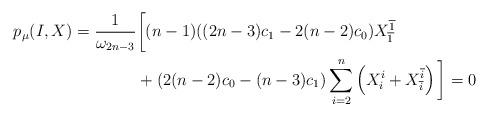
LaTeX: \begin{align*} p_\mu(I,X)= \frac{1}{\omega_{2n-3} } &\bigg[ (n-1)((2n-3)c_1-2(n-2) c_0) X^{\overline 1}_{\overline 1} \\ & + (2(n-2) c_0-(n-3)c_1) \sum_{i=2}^n\left(X_{i}^{i} + X_{\overline i}^{\overline i}\right)\bigg]=0\end{align*}